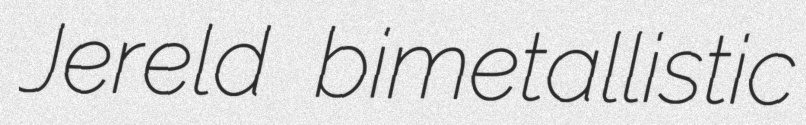
Jereld bimetallistic